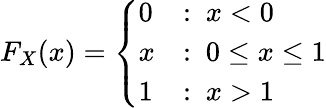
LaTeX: F_{X}(x)={\left\{ \begin{array}{ll}{0}&{:\ x<0}\\ {x}&{:\ 0\leq x\leq 1}\\ {1}&{:\ x>1}\end{array}\right.}